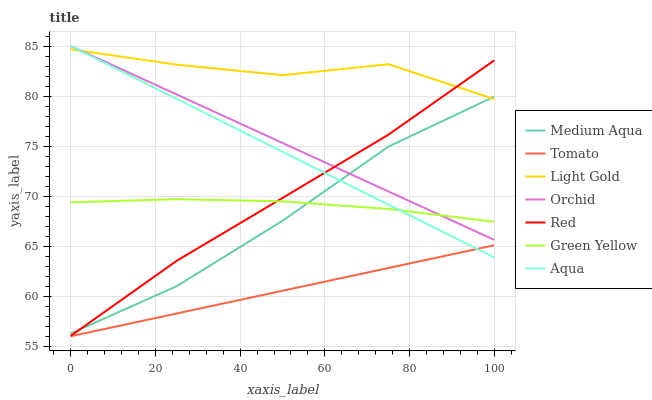
| xaxis_label | Medium Aqua | Tomato | Light Gold | Orchid | Red | Green Yellow | Aqua |
 | --- | --- | --- | --- | --- | --- | --- | --- |
 | 0 | 56.3 | 56 | 84.7 | 85 | 56 | 69.4 | 85 |
 | 25 | 61 | 58.3 | 83.1 | 80.2 | 63.5 | 69.7 | 79.7 |
 | 50 | 67.5 | 60.5 | 82.1 | 75.3 | 69.8 | 69.5 | 74.4 |
 | 75 | 74.9 | 62.8 | 83.2 | 70.5 | 76.1 | 68.7 | 69.1 |
 | 100 | 79.9 | 65.1 | 79.7 | 65.6 | 83.6 | 67.4 | 63.9 |